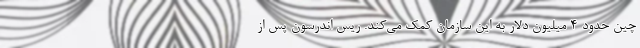
چین حدود 4 میلیون دلار به این سازمان کمک می‌کند. ریس اندرسون پس از